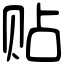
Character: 贴